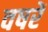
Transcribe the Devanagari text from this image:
वषरें